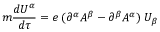
m \frac { d U ^ { \alpha } } { d \tau } = e \; ( \partial ^ { \alpha } { \cal A } ^ { \beta } - \partial ^ { \beta } { \cal A } ^ { \alpha } ) \; U _ { \beta }